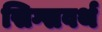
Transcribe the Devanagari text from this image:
सिग्सवर्थ